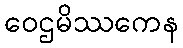
ဝေဌမိဿကေန